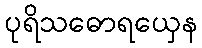
ပုရိသဓောရယှေန